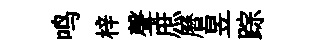
鸣梓聲庶曆昱踪